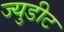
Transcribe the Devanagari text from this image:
ज्युडीट